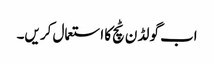
اب گو لڈ ن ٹچ کا استعمال کر یں۔